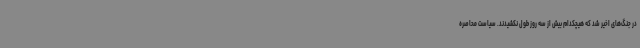
در جنگ‌های اخیر شد که هیچکدام بیش از سه روز طول نکشیدند. سیاست محاصره